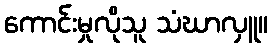
ကောင်းမှုလိုသူ သံဃာလှူ။